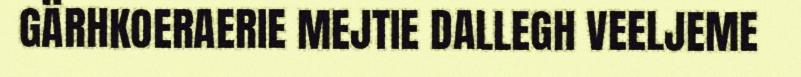
GÄRHKOERAERIE MEJTIE DALLEGH VEELJEME